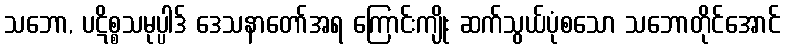
သဘော, ပဋိစ္စသမုပ္ပါဒ် ဒေသနာတော်အရ ကြောင်းကျိုး ဆက်သွယ်ပုံစသော သဘောတိုင်အောင်